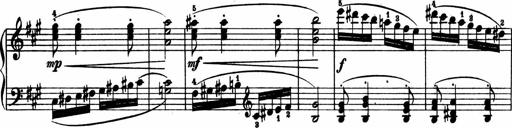
Title: 2 Sonatinen
Composer: Lambertus Adrianus van Tetterode